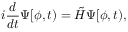
i \frac { d } { d t } \Psi [ \phi , t ) = \tilde { H } \Psi [ \phi , t ) ,